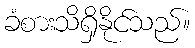
ခံစားသိရှိနိုင်သည်။